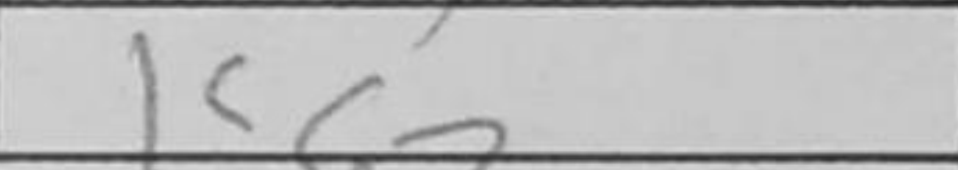
Transcription: Kc7